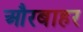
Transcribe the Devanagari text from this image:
औरबाहर